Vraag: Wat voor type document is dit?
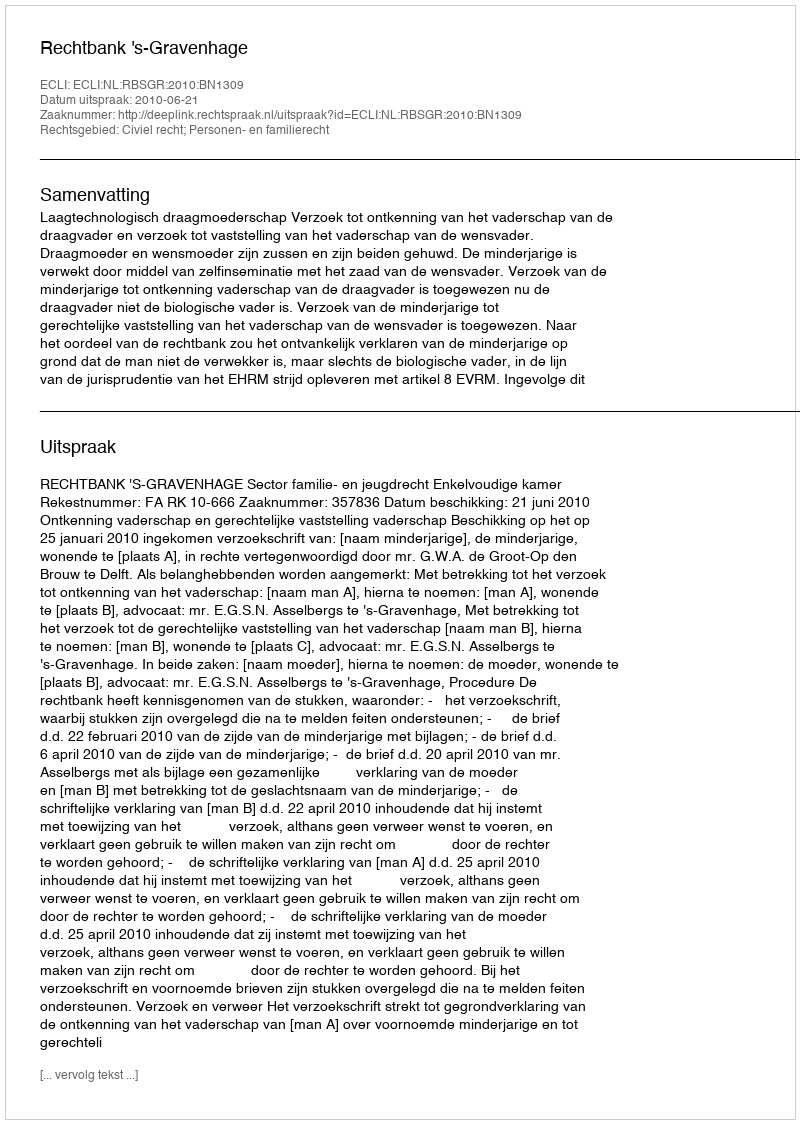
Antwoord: Uitspraak